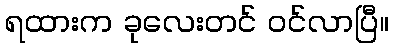
ရထားက ခုလေးတင် ဝင်လာပြီ။